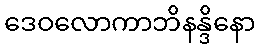
ဒေဝလောကာဘိနန္ဒိနော